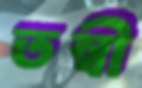
তন্বী